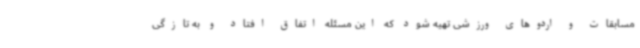
مسابقات و اردوهای ورزشی تهیه شود که این مسئله اتفاق افتاد و به تازگی